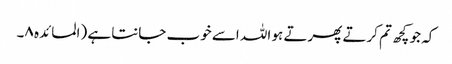
کہ جو کچھ تم کرتے پھرتے ہو اللہ اسے خوب جانتا ہے (المائدہ ۸۔